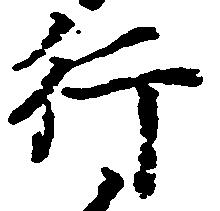
行